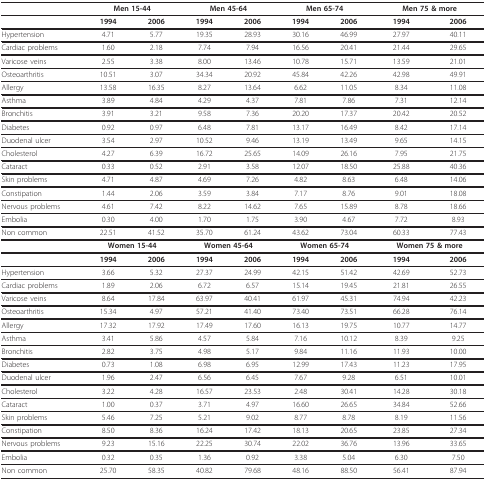
<table><thead><tr><td></td><td colspan="2"><b>Men 15-44</b></td><td colspan="2"><b>Men 45-64</b></td><td colspan="2"><b>Men 65-74</b></td><td colspan="2"><b>Men 75 &amp; more</b></td></tr></thead><tbody><tr><td></td><td><b>1994</b></td><td><b>2006</b></td><td><b>1994</b></td><td><b>2006</b></td><td><b>1994</b></td><td><b>2006</b></td><td><b>1994</b></td><td><b>2006</b></td></tr><tr><td>Hypertension</td><td>4.71</td><td>5.77</td><td>19.35</td><td>28.93</td><td>30.16</td><td>46.99</td><td>27.97</td><td>40.11</td></tr><tr><td>Cardiac problems</td><td>1.60</td><td>2.18</td><td>7.74</td><td>7.94</td><td>16.56</td><td>20.41</td><td>21.44</td><td>29.65</td></tr><tr><td>Varicose veins</td><td>2.55</td><td>3.38</td><td>8.00</td><td>13.46</td><td>10.78</td><td>15.71</td><td>13.59</td><td>21.01</td></tr><tr><td>Osteoarthritis</td><td>10.51</td><td>3.07</td><td>34.34</td><td>20.92</td><td>45.84</td><td>42.26</td><td>42.98</td><td>49.91</td></tr><tr><td>Allergy</td><td>13.58</td><td>16.35</td><td>8.27</td><td>13.64</td><td>6.62</td><td>11.05</td><td>8.34</td><td>11.08</td></tr><tr><td>Asthma</td><td>3.89</td><td>4.84</td><td>4.29</td><td>4.37</td><td>7.81</td><td>7.86</td><td>7.31</td><td>12.14</td></tr><tr><td>Bronchitis</td><td>3.91</td><td>3.21</td><td>9.58</td><td>7.36</td><td>20.20</td><td>17.37</td><td>20.42</td><td>20.52</td></tr><tr><td>Diabetes</td><td>0.92</td><td>0.97</td><td>6.48</td><td>7.81</td><td>13.17</td><td>16.49</td><td>8.42</td><td>17.14</td></tr><tr><td>Duodenal ulcer</td><td>3.54</td><td>2.97</td><td>10.52</td><td>9.46</td><td>13.19</td><td>13.49</td><td>9.65</td><td>14.15</td></tr><tr><td>Cholesterol</td><td>4.27</td><td>6.39</td><td>16.72</td><td>25.65</td><td>14.09</td><td>26.16</td><td>7.95</td><td>21.75</td></tr><tr><td>Cataract</td><td>0.33</td><td>0.52</td><td>2.91</td><td>3.58</td><td>12.07</td><td>18.50</td><td>25.88</td><td>40.36</td></tr><tr><td>Skin problems</td><td>4.71</td><td>4.87</td><td>4.69</td><td>7.26</td><td>4.82</td><td>8.63</td><td>6.48</td><td>14.06</td></tr><tr><td>Constipation</td><td>1.44</td><td>2.06</td><td>3.59</td><td>3.84</td><td>7.17</td><td>8.76</td><td>9.01</td><td>18.08</td></tr><tr><td>Nervous problems</td><td>4.61</td><td>7.42</td><td>8.22</td><td>14.62</td><td>7.65</td><td>15.89</td><td>8.78</td><td>18.66</td></tr><tr><td>Embolia</td><td>0.30</td><td>4.00</td><td>1.70</td><td>1.75</td><td>3.90</td><td>4.67</td><td>7.72</td><td>8.93</td></tr><tr><td>Non common</td><td>22.51</td><td>41.52</td><td>35.70</td><td>61.24</td><td>43.62</td><td>73.04</td><td>60.33</td><td>77.43</td></tr><tr><td></td><td colspan="2"><b>Women 15-44</b></td><td colspan="2"><b>Women 45-64</b></td><td colspan="2"><b>Women 65-74</b></td><td colspan="2"><b>Women 75 &amp; more</b></td></tr><tr><td></td><td><b>1994</b></td><td><b>2006</b></td><td><b>1994</b></td><td><b>2006</b></td><td><b>1994</b></td><td><b>2006</b></td><td><b>1994</b></td><td><b>2006</b></td></tr><tr><td>Hypertension</td><td>3.66</td><td>5.32</td><td>27.37</td><td>24.99</td><td>42.15</td><td>51.42</td><td>42.69</td><td>52.73</td></tr><tr><td>Cardiac problems</td><td>1.89</td><td>2.06</td><td>6.72</td><td>6.57</td><td>15.14</td><td>19.45</td><td>21.81</td><td>26.55</td></tr><tr><td>Varicose veins</td><td>8.64</td><td>17.84</td><td>63.97</td><td>40.41</td><td>61.97</td><td>45.31</td><td>74.94</td><td>42.23</td></tr><tr><td>Osteoarthritis</td><td>15.34</td><td>4.97</td><td>57.21</td><td>41.40</td><td>73.40</td><td>73.51</td><td>66.28</td><td>76.14</td></tr><tr><td>Allergy</td><td>17.32</td><td>17.92</td><td>17.49</td><td>17.60</td><td>16.13</td><td>19.75</td><td>10.77</td><td>14.77</td></tr><tr><td>Asthma</td><td>3.41</td><td>5.86</td><td>4.57</td><td>5.84</td><td>7.16</td><td>10.12</td><td>8.39</td><td>9.25</td></tr><tr><td>Bronchitis</td><td>2.82</td><td>3.75</td><td>4.98</td><td>5.17</td><td>9.84</td><td>11.16</td><td>11.93</td><td>10.00</td></tr><tr><td>Diabetes</td><td>0.73</td><td>1.08</td><td>6.98</td><td>6.95</td><td>12.99</td><td>17.43</td><td>11.23</td><td>17.95</td></tr><tr><td>Duodenal ulcer</td><td>1.96</td><td>2.47</td><td>6.56</td><td>6.45</td><td>7.67</td><td>9.28</td><td>6.51</td><td>10.01</td></tr><tr><td>Cholesterol</td><td>3.22</td><td>4.28</td><td>16.57</td><td>23.53</td><td>2.48</td><td>30.41</td><td>14.28</td><td>30.18</td></tr><tr><td>Cataract</td><td>1.00</td><td>0.37</td><td>3.71</td><td>4.97</td><td>16.60</td><td>26.65</td><td>34.84</td><td>52.66</td></tr><tr><td>Skin problems</td><td>5.46</td><td>7.25</td><td>5.21</td><td>9.02</td><td>8.77</td><td>8.78</td><td>8.19</td><td>11.56</td></tr><tr><td>Constipation</td><td>8.50</td><td>8.36</td><td>16.24</td><td>17.42</td><td>18.13</td><td>20.65</td><td>23.85</td><td>27.34</td></tr><tr><td>Nervous problems</td><td>9.23</td><td>15.16</td><td>22.25</td><td>30.74</td><td>22.02</td><td>36.76</td><td>13.96</td><td>33.65</td></tr><tr><td>Embolia</td><td>0.32</td><td>0.35</td><td>1.36</td><td>0.92</td><td>3.38</td><td>5.04</td><td>6.30</td><td>7.50</td></tr><tr><td>Non common</td><td>25.70</td><td>58.35</td><td>40.82</td><td>79.68</td><td>48.16</td><td>88.50</td><td>56.41</td><td>87.94</td></tr></tbody></table>